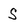
Character: S